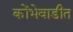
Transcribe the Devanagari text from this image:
कोंभेवाडीत